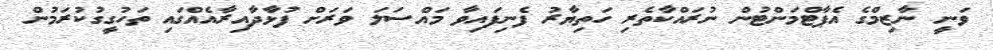
ވަނީ ނާޒިމްގެ އެޕާޓްމަންޓުން ނުރައްކާތެރި ހަތިޔާރު ފެނިފައިވާ މައްސަލަ ވަރަށް ފުޅާދާއިރާއެއްގައި ތަހުގީގުކުރަމުން